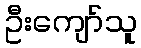
ဦးကျော်သူ